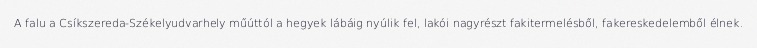
A falu a Csíkszereda-Székelyudvarhely műúttól a hegyek lábáig nyúlik fel, lakói nagyrészt fakitermelésből, fakereskedelemből élnek.